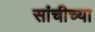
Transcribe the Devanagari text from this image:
सांचीच्या